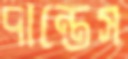
দান্তেস